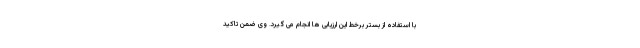
با استفاده از بستر برخط این ارزیابی ها انجام می گیرد. وی ضمن تاکید